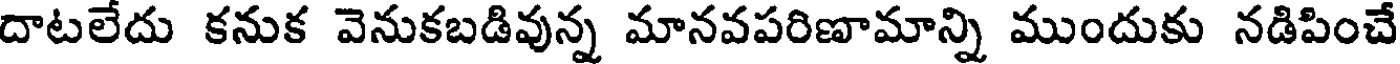
దాటలేదు కనుక వెనుకబడివున్న మానవపరిణామాన్ని ముందుకు నడిపించే